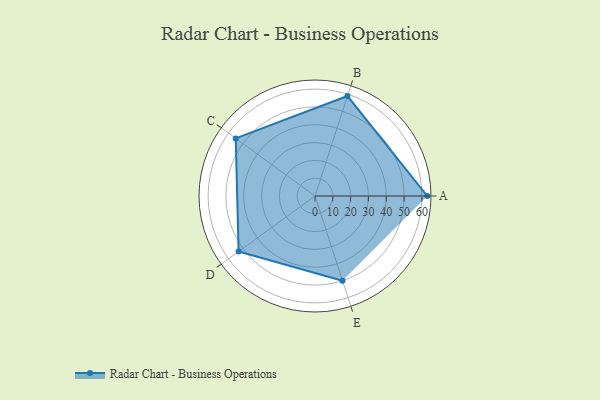
{"axis": {"x": "Skill", "y": "Score"}, "legend": ["Profile"], "data": [{"x": "A", "y": 63.0, "type": "Profile"}, {"x": "B", "y": 59.0, "type": "Profile"}, {"x": "C", "y": 55.0, "type": "Profile"}, {"x": "D", "y": 53.0, "type": "Profile"}, {"x": "E", "y": 50.0, "type": "Profile"}]}